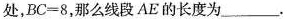
处，BC=8，那么线段AE的长度为___.